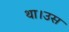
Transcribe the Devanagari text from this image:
था।उस